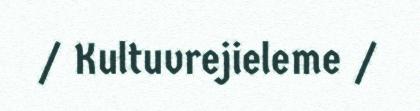
/ Kultuvrejieleme /